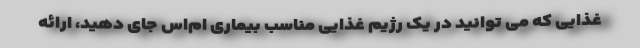
غذایی که می توانید در یک رژیم غذایی مناسب بیماری ام‌اس جای دهید، ارائه